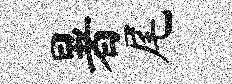
暑尾